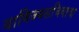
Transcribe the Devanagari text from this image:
वाणिज्यसचिवाचा